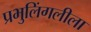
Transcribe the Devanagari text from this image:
प्रभुलिंगलीला